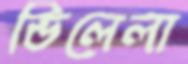
ভিলেলা